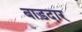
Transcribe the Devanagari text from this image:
बाड़दार